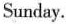
Sunday.